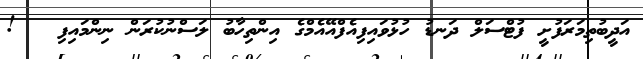
އަދީބުތިމަރަފުށީ ފުޓްސަލް ދަނޑު ހުޅުވައިފިއެފްއޭއެމްގެ އިންތިހާބު ލަސްނުކުރަން ނިންމައިފި   !